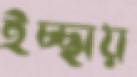
ইচ্ছায়